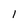
Character: l